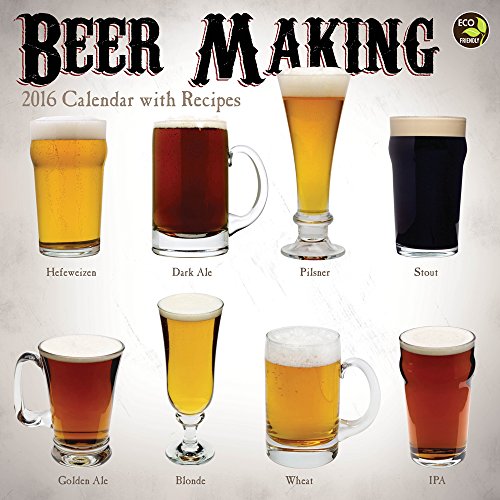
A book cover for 2016 Beer Making Wall Calendar; Great Fermentations; Calendars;